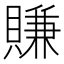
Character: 賺